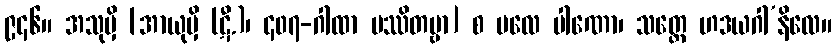
၉၄၆။ အသုမှိ [အာယုမှိ (ဋီ.)၊ ၄၀၇-ဂါထာ ပဿိတဗ္ဗာ] စ ဗလေ ပါဏော၊ သတ္တေ ဟဒယဂါ’နိလေ။